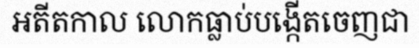
អតីតកាល លោកធ្លាប់បង្កើតចេញជា